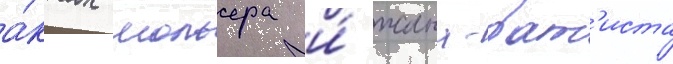
а́ктах мольера и́ жана-бат'иста